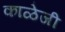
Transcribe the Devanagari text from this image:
काळेजी